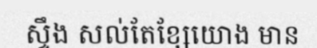
ស្ទឹង សល់តែខ្សែយោង មាន